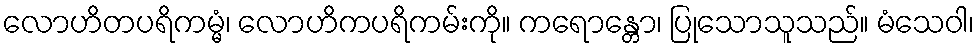
လောဟိတပရိကမ္မံ၊ လောဟိကပရိကမ်းကို။ ကရောန္တော၊ ပြုသောသူသည်။ မံသေဝါ၊